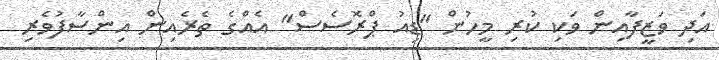
އަދި ވަޒީފާއިން ވަކި ކުރި މީހުން "ޑިއު ޕްރޮސެސް" އެއްގެ ތެރެއިން އިންސާފުވެރި